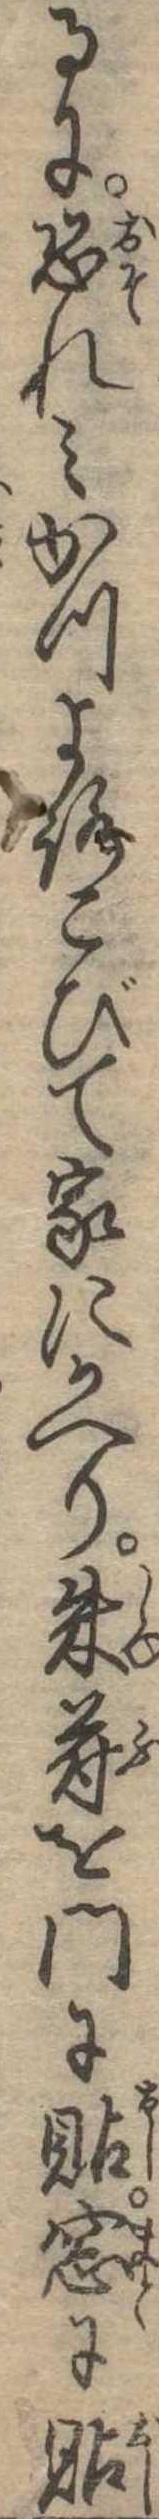
るに恐れみかつよろこびて家にかへり朱符を門に貼窓に貼